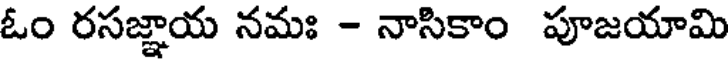
ఓం రసజ్ఞాయ నమః - నాసికాం పూజయామి